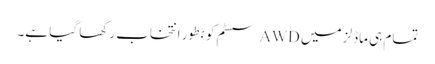
تمام ہی ماڈلز میں AWD سسٹم کو بطور انتخاب رکھا گیا ہے۔